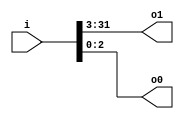
/* Generated by Yosys 0.43+11 (git sha1 49f547782, clang++ 14.0.0-1ubuntu1.1 -fPIC -Os) */

(* src = "./test.v:1.1-8.10" *)
module ve500df_v9a2a06(i, o1, o0);
  (* src = "./test.v:2.18-2.19" *)
  input [31:0] i;
  wire [31:0] i;
  (* src = "./test.v:4.18-4.20" *)
  output [2:0] o0;
  wire [2:0] o0;
  (* src = "./test.v:3.19-3.21" *)
  output [28:0] o1;
  wire [28:0] o1;
  assign o0 = i[2:0];
  assign o1 = i[31:3];
endmodule